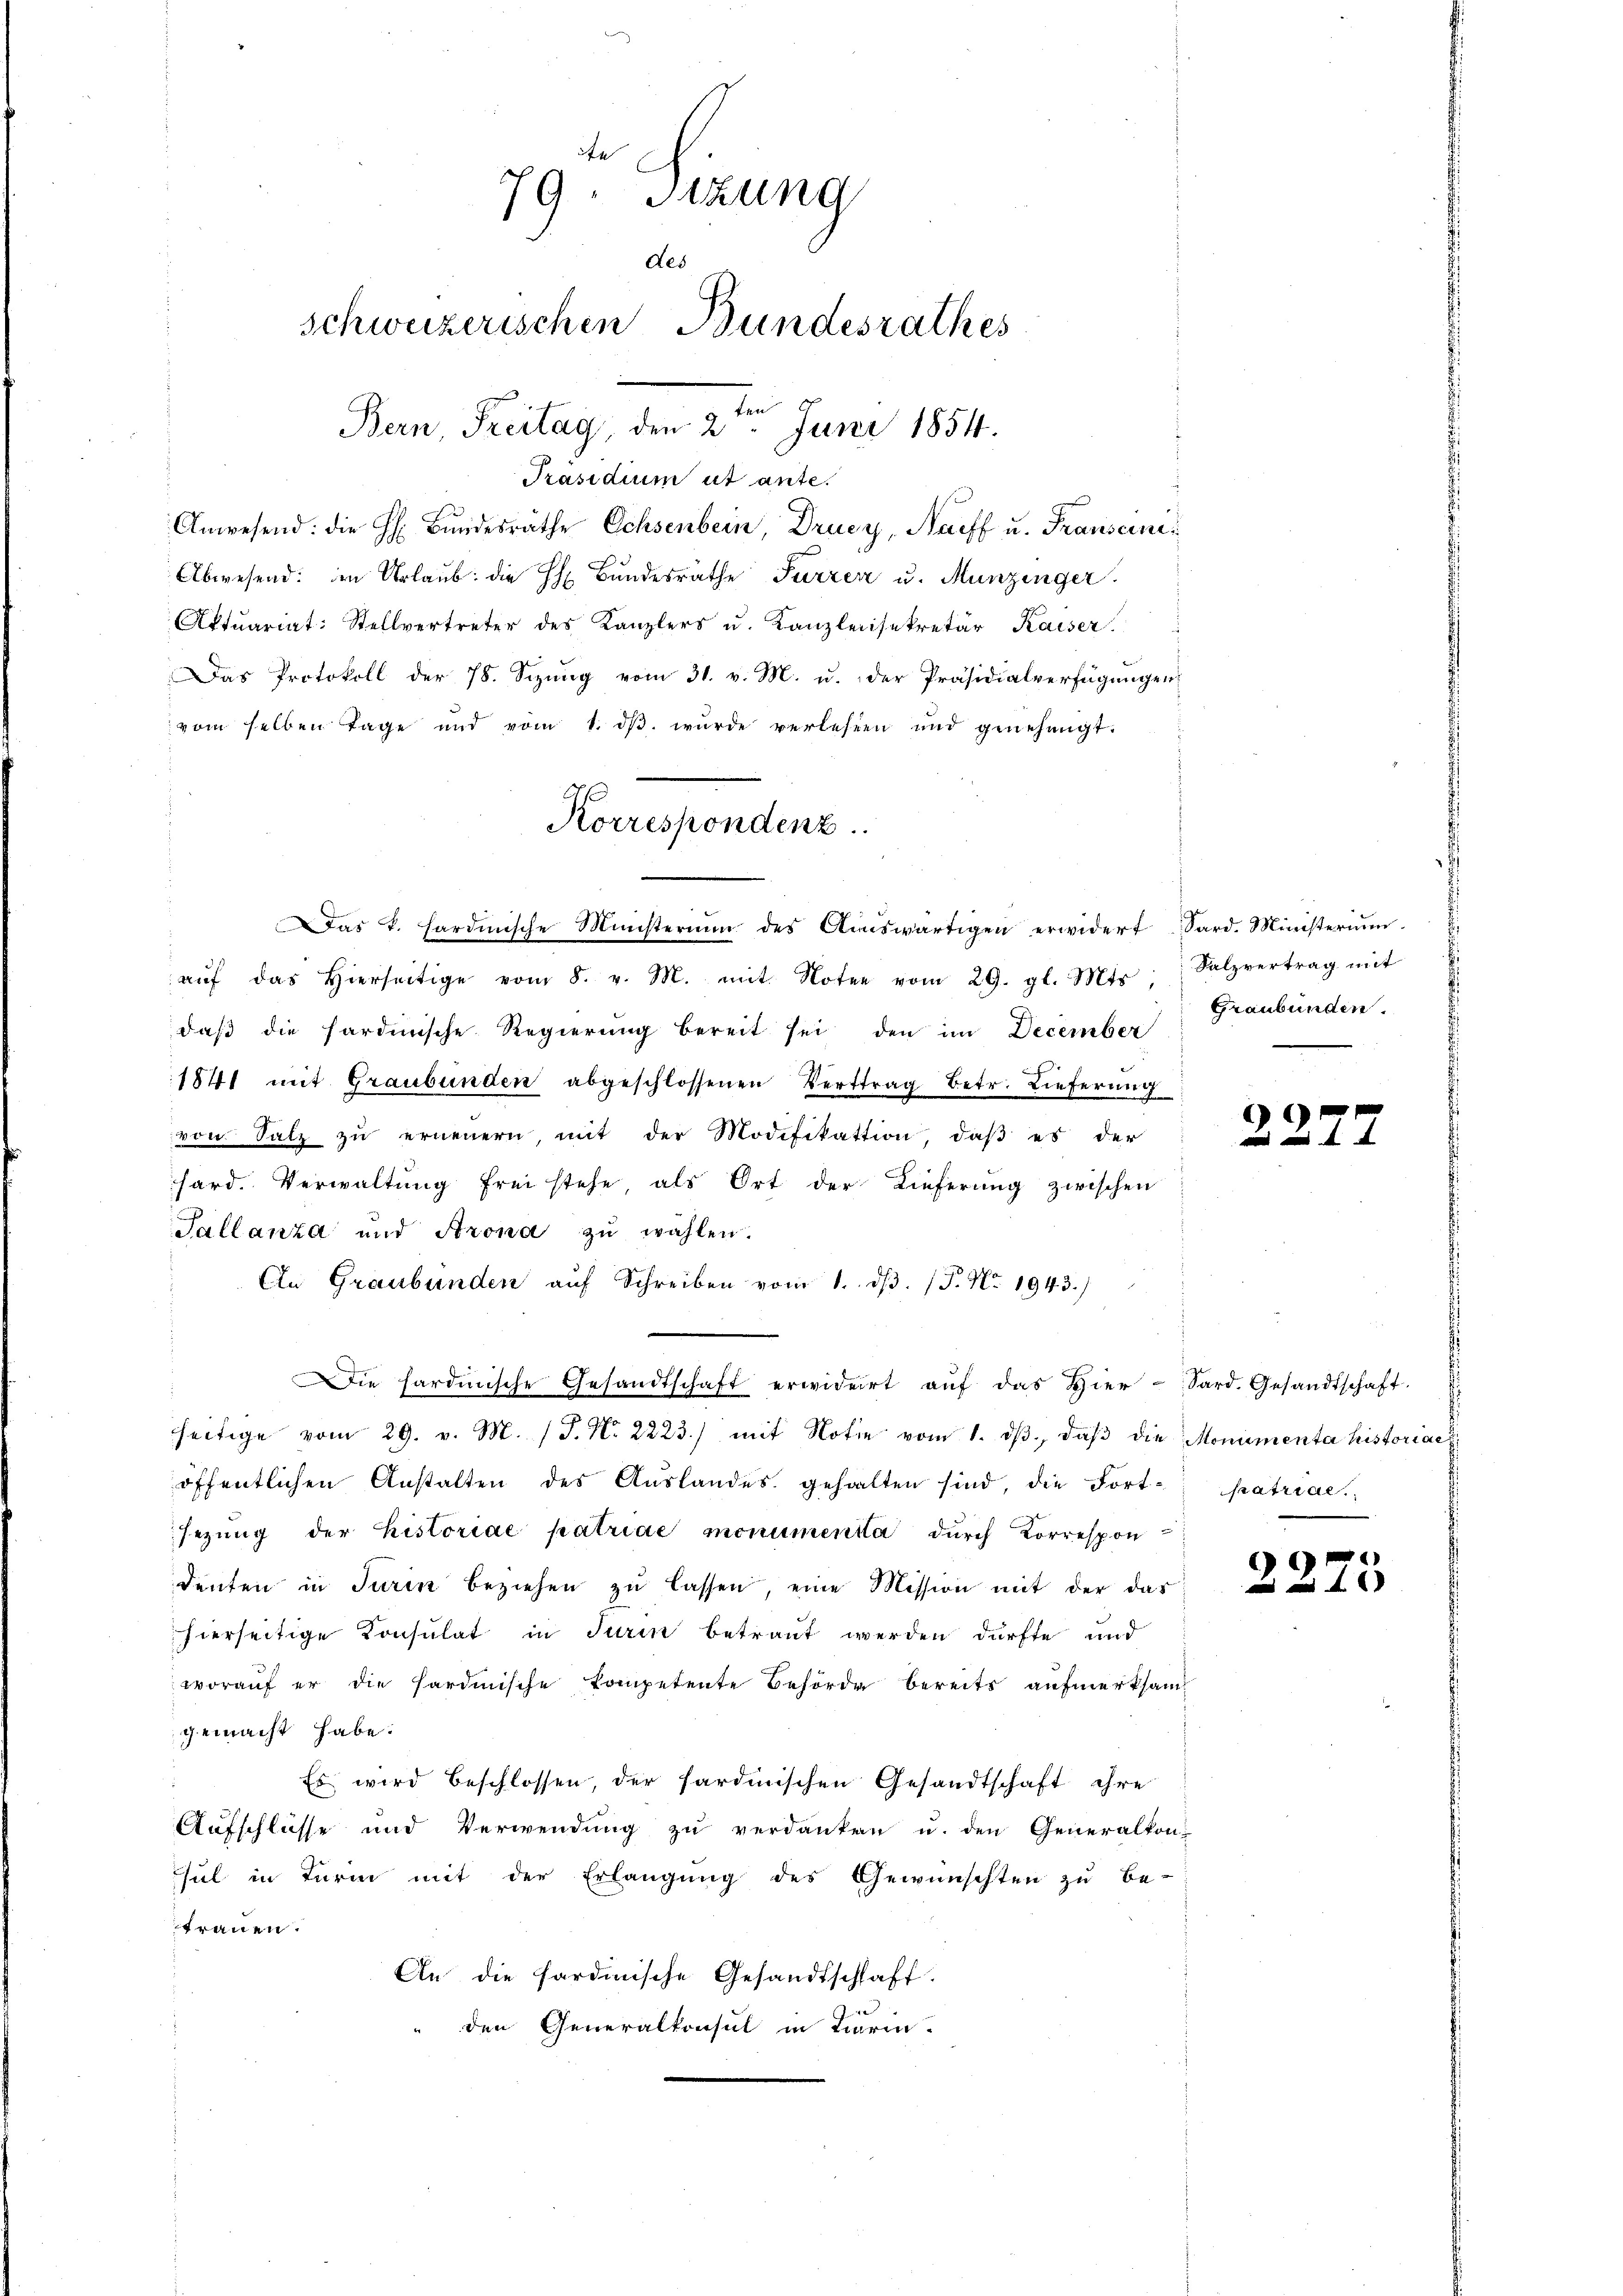
79. Sitzung
des
schweizerischen Bundesrathes
Bern, Freitag, den 2. Juni 1854.

Präsidium ut ante.
Anwesend: die H. Bŭndesräthe Ochsenbein, Druey, Naeff u. Franscini¬
Abwesend: in Urlaub. die H. Bundesräthe Furren u. Munzinger.
Aktuariat: Stellvertreter des Kanzlers u. Kanzleiisekretär Kaiser.
Das Protokoll der 78. Sizŭng vom 31. v. M. u. der Präsidialverfügŭngen
vom selben Tage und vom 1. dβ. wurde verlesen und genehmigt.
Korrespondenz.

Das k. Hardinische Ministerium des Auswärtigen erwidert Sard. Ministeriŭm
aŭf das hierseitige vom 8. v. M. mit Noter vom 29. gl. Mts.,
daβ die sardinische Regierung bereit sei den im December
1841 mit Graubünden abgeschlossenen Vertrag betr. Lieferung
von Satz zŭ erneuern mit der Modifikation, daβ es der
hard. Verwaltŭng frei stehe als Ort der Lieferŭng zwischen
Tallanza und Arona zu wählen.
An Graubünden auf Schreiben vom 1. dβ. P. Nr. 1943.)
Die hardinische Gesandtschaft erwiderrt auf das Hier-
¬
seitige vom 29. v. M. (T. N. 2223) mit Notie vom 1. dβ, daβ die Monumenta historiaeti
öffentlichen Anstalten des Auslandes gehalten sind, die Fortsezung der historiae patriae monumenta dŭrch Korrespon
denten in Turin beziehen zŭ lassen, eine Mission mit der das
hierseitige Konsulat in Turin betraut werden dürfte und
worauf er die Sardinische Kompetente Behörde bereits aufmerksam
gemacht habe.
Es wird beschlossen, der Sardinischen Gesandtschaft ihre
Aufschlüsse und Verwendung zu verdanken u. den Generalkon-
sul in Turm mit der Erlangŭng des Gewünschten zŭ be-
trauen.
An die sardinische Gesandtschhaft.
den Generalkonsul in Turin

Salzvertrag mit
Graubünden.

69

Sard. Gesandtschaft.
patriae.

9